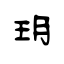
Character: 玥